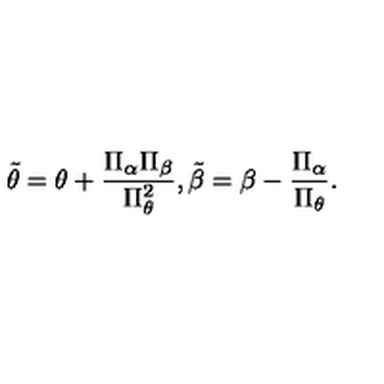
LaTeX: \tilde { \theta } = \theta + { \frac { \Pi _ { \alpha } \Pi _ { \beta } } { \Pi _ { \theta } ^ { 2 } } } , \tilde { \beta } = \beta - { \frac { \Pi _ { \alpha } } { \Pi _ { \theta } } } .